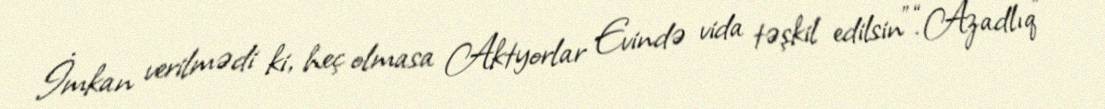
İmkan verilmədi ki, heç olmasa Aktyorlar Evində vida təşkil edilsin”.“Azadlıq”